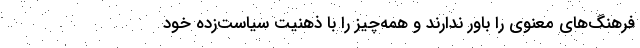
فرهنگ‌های معنوی را باور ندارند و همه‌چیز را با ذهنیت سیاست‌زده خود